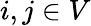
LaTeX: i,j\in V